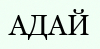
АДАЙ